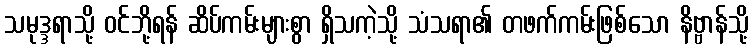
သမုဒ္ဒရာသို့ ဝင်ဘို့ရန် ဆိပ်ကမ်းများစွာ ရှိသကဲ့သို့ သံသရာ၏ တဖက်ကမ်းဖြစ်သော နိဗ္ဗာန်သို့